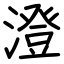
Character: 澄